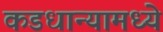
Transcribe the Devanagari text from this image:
कडधान्यामध्ये